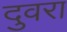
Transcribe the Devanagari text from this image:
दुवरा